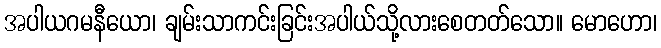
အပါယဂမနီယော၊ ချမ်းသာကင်းခြင်းအပါယ်သို့လားစေတတ်သော။ မောဟော၊